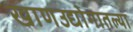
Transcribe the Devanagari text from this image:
खाणउद्योगातल्या